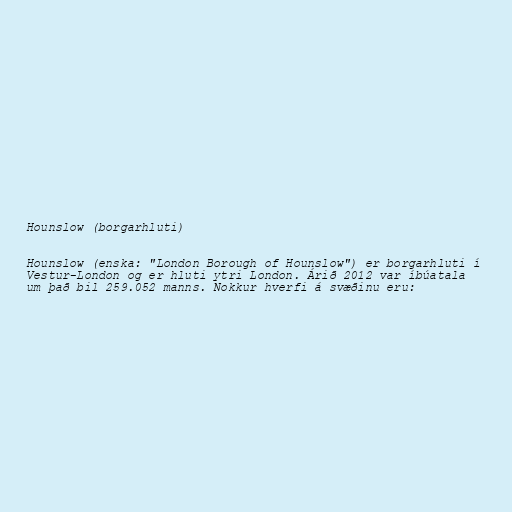
Hounslow (borgarhluti)

Hounslow (enska: "London Borough of Hounslow") er borgarhluti í
Vestur-London og er hluti ytri London. Árið 2012 var íbúatala
um það bil 259.052 manns. Nokkur hverfi á svæðinu eru: